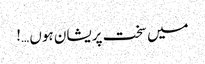
میں سخت پریشان ہوں …!